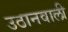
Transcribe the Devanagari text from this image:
उठानवाली